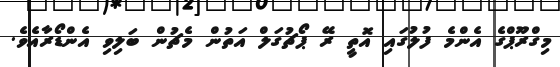
މިގްރޫޕްގެ އެންމެ ފުލުގައި އޮތީ ރޭ ޕޯޗުގަލް އަތުން މެޗުން ބަލިވި އެންޑޯރާއެވެ.